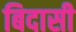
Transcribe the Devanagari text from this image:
बिदासी